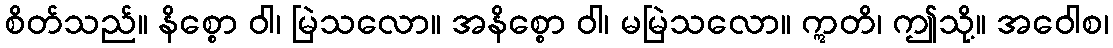
စိတ်သည်။ နိစ္စော ဝါ၊ မြဲသလော။ အနိစ္စော ဝါ၊ မမြဲသလော။ ဣတိ၊ ဤသို့။ အဝေါစ၊